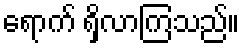
ရောက် ရှိလာကြသည်။